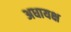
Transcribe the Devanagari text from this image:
अधायक्ष